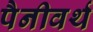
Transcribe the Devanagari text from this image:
पैनीवर्थ